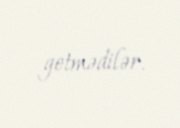
getmədilər.